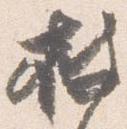
披